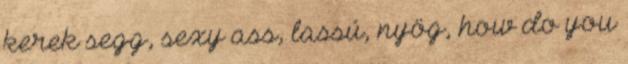
kerek segg, sexy ass, lassú, nyög, how do you